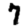
Digit: 7